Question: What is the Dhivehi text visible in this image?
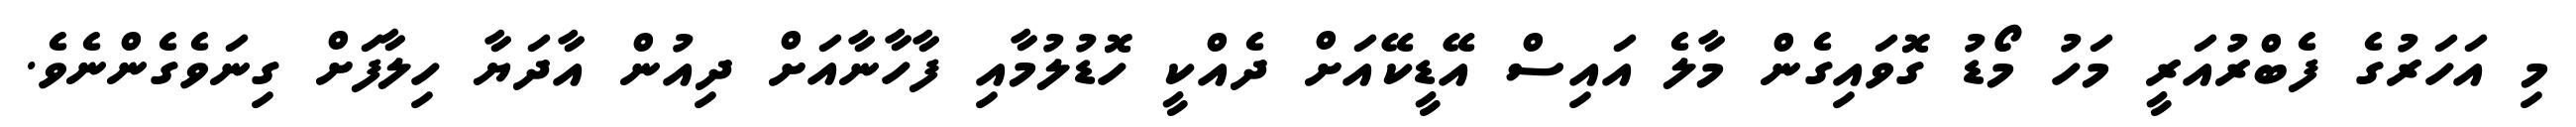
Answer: މި އަހަރުގެ ފެބްރުއަރީ މަހު މޯޑު ގޮވައިގެން މާލެ އައިސް އޭޑީކޭއަށް ދެއްކީ ހޮޑުލުމާއި ފާހާނާއަށް ދިއުން އާދަޔާ ހިލާފަށް ގިނަވެގެންނެވެ.